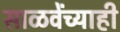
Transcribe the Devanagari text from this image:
साळवेंच्याही